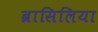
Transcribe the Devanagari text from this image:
ब्रासिलिया